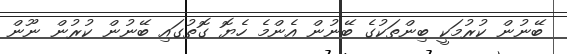
ބޭނުން ކުރުމަކީ ބިންތަކުގެ ބޭނުން އެންމެ ހެޔޮ ގޮތުގައި ބޭނުން ކުރުން ނޫން